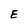
Character: E